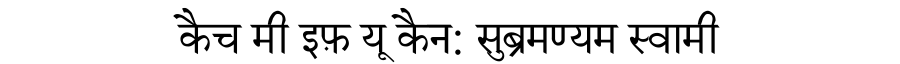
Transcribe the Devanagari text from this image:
कैच मी इफ़ यू कैन: सुब्रमण्यम स्वामी